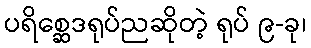
ပရိစ္ဆေဒရုပ်ညဆိုတဲ့ ရုပ် ၉-ခု၊